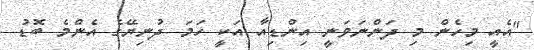
"އެއީ މިހެން މި ދަންނަވަނީ އިންޑިއާ އަކީ ހަމަ ދުނިޔޭގެ އެންމެ ބޮޑު